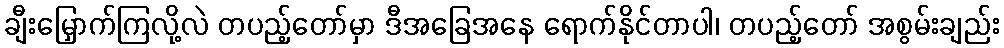
ချီးမြှောက်ကြလို့လဲ တပည့်တော်မှာ ဒီအခြေအနေ ရောက်နိုင်တာပါ၊ တပည့်တော် အစွမ်းချည်း